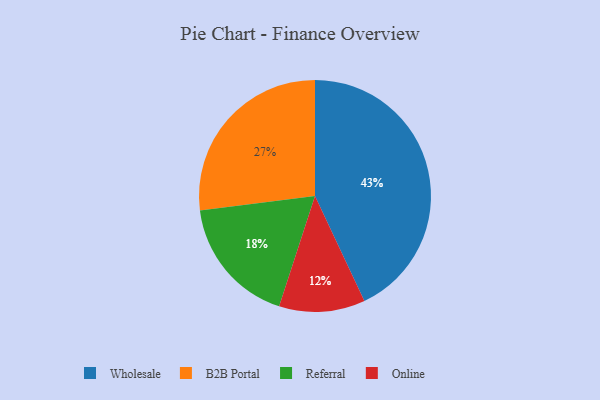
{"axis": {"x": "Category", "y": "Percentage"}, "legend": ["B2B Portal", "Online", "Referral", "Wholesale"], "data": [{"x": "Wholesale", "y": 43, "type": "Wholesale"}, {"x": "Online", "y": 12, "type": "Online"}, {"x": "Referral", "y": 18, "type": "Referral"}, {"x": "B2B Portal", "y": 27, "type": "B2B Portal"}]}